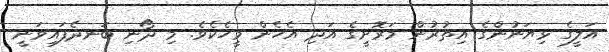
އަލީގެ ޅިޔަނުންގެ އިތުރުން މަރޮށީގެ އަދި އެހެން މީހެކެވެ. މި ދޯނި ބަނދެފައިވަނީ